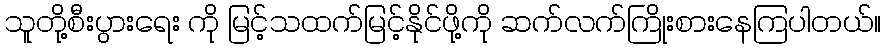
သူတို့စီးပွားရေး ကို မြင့်သထက်မြင့်နိုင်ဖို့ကို ဆက်လက်ကြိုးစားနေကြပါတယ်။